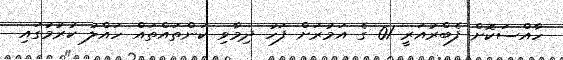
ހާއްސަކޮށް ފެބްރުއަރީ 01 ގެ އަމުރަށް ފަހު ދިމާވި ކަންތައްތައް ހައްލު ކުރުމުގައި